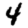
Digit: 4